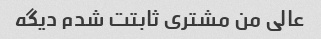
عالی من مشتری ثابتت شدم دیگه